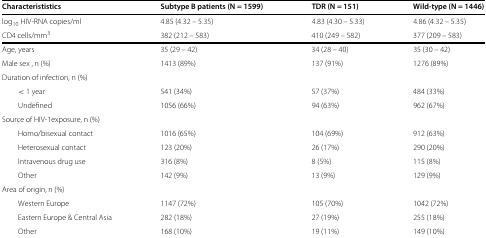
| Characterististics | Subtype B patients (N = 1599) | TDR (N = 151) | Wild-type (N = 1446) |
 | --- | --- | --- | --- |
 | log10 HIV-RNA copies/ml | 4.85 (4.32 – 5.35) | 4.83 (4.30 – 5.33) | 4.86 (4.32 – 5.35) |
 | CD4 cells/mm3 | 382 (212 – 583) | 410 (249 – 582) | 377 (209 – 583) |
 | Age, years | 35 (29 – 42) | 34 (28 – 40) | 35 (30 – 42) |
 | Male sex , n (%) | 1413 (89%) | 137 (91%) | 1276 (89%) |
 | Duration of infection, n (%) |  |  |  |
 | < 1 year | 541 (34%) | 57 (37%) | 484 (33%) |
 | Undefined | 1056 (66%) | 94 (63%) | 962 (67%) |
 | Source of HIV-1exposure, n (%) |  |  |  |
 | Homo/bisexual contact | 1016 (65%) | 104 (69%) | 912 (63%) |
 | Heterosexual contact | 123 (20%) | 26 (17%) | 290 (20%) |
 | Intravenous drug use | 316 (8%) | 8 (5%) | 115 (8%) |
 | Other | 142 (9%) | 13 (9%) | 129 (9%) |
 | Area of origin, n (%) |  |  |  |
 | Western Europe | 1147 (72%) | 105 (70%) | 1042 (72%) |
 | Eastern Europe & Central Asia | 282 (18%) | 27 (19%) | 255 (18%) |
 | Other | 168 (10%) | 19 (11%) | 149 (10%) |